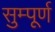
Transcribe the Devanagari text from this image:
सुम्पूर्ण